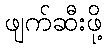
ဖျက်ဆီးဖို့